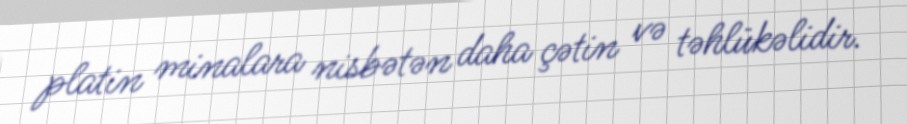
platin minalara nisbətən daha çətin və təhlükəlidir.